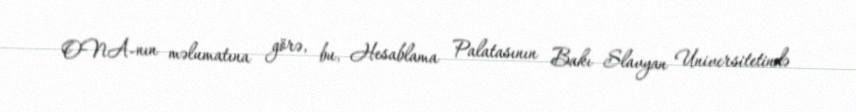
ONA-nın məlumatına görə, bu, Hesablama Palatasının Bakı Slavyan Universitetində